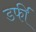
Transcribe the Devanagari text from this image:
डर्फी